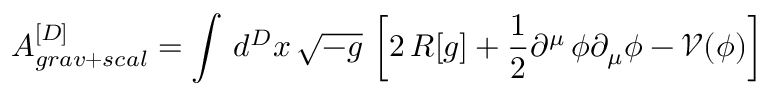
A _ { g r a v + s c a l } ^ { [ D ] } = \int \, d ^ { D } x \, \sqrt { - g } \, \left[ 2 \, R [ g ] + \frac { 1 } { 2 } \partial ^ { \mu } \, \phi \partial _ { \mu } \phi - \mathcal { V } ( \phi ) \right]